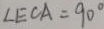
\angle E C A = 9 0 ^ { \circ }